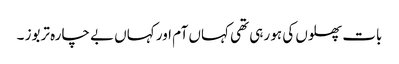
بات پھلوں کی ہو رہی تھی کہاں آم اور کہاں بے چارہ تربوز ۔